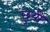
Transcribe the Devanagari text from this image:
छुयौ